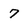
Character: 7